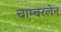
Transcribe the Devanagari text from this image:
चाम्बरलेन